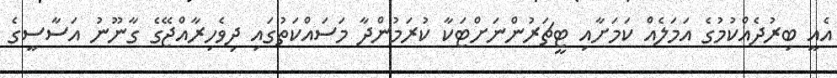
އެއީ ބިރުދެއްކުމުގެ އަމަލެއް ކަމަށާއި ޓީޗަރުންނަށްޓަކާ ކުރަމުންދާ މަސައްކަތުގައި ދިވެހިރާއްޖޭގެ ގާނޫނު އަސާސީގެ